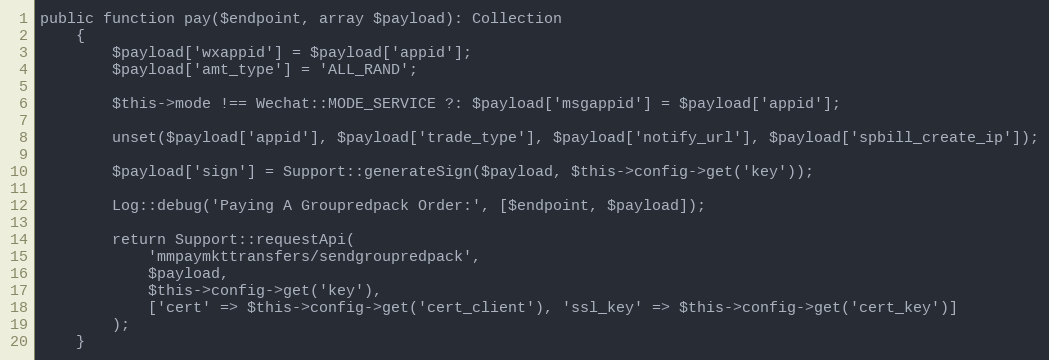
Language: PHP
public function pay($endpoint, array $payload): Collection
    {
        $payload['wxappid'] = $payload['appid'];
        $payload['amt_type'] = 'ALL_RAND';

        $this->mode !== Wechat::MODE_SERVICE ?: $payload['msgappid'] = $payload['appid'];

        unset($payload['appid'], $payload['trade_type'], $payload['notify_url'], $payload['spbill_create_ip']);

        $payload['sign'] = Support::generateSign($payload, $this->config->get('key'));

        Log::debug('Paying A Groupredpack Order:', [$endpoint, $payload]);

        return Support::requestApi(
            'mmpaymkttransfers/sendgroupredpack',
            $payload,
            $this->config->get('key'),
            ['cert' => $this->config->get('cert_client'), 'ssl_key' => $this->config->get('cert_key')]
        );
    }